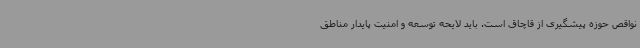
نواقص حوزه پیشگیری از قاچاق است. باید لایحه توسعه و امنیت پایدار مناطق